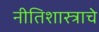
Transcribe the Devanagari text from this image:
नीतिशास्त्राचे